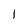
Character: 1